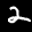
Label: 2